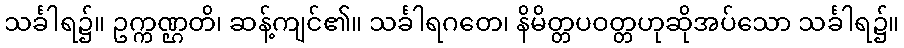
သင်္ခါရ၌။ ဥက္ကဏ္ဌတိ၊ ဆန့်ကျင်၏။ သင်္ခါရဂတေ၊ နိမိတ္တပဝတ္တဟုဆိုအပ်သော သင်္ခါရ၌။